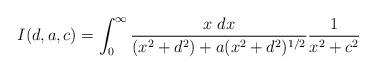
LaTeX: \begin{align*}I(d,a,c) = \int_{0}^{\infty} {x \; dx \over (x^2+d^2) +a(x^2+d^2)^{1/2}}{1 \over x^2 +c^2}\end{align*}